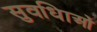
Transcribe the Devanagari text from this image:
सुवधिाओं